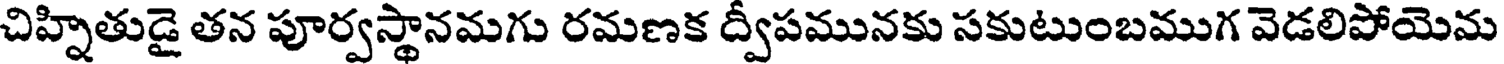
చిహ్నితుడై తన పూర్వస్థానమగు రమణక ద్వీపమునకు సకుటుంబముగ వెడలిపోయెమ